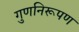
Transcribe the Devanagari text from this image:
गुणनिरूपण